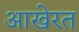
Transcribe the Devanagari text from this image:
आखेरत